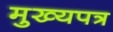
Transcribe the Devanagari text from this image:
मुख्यपत्र